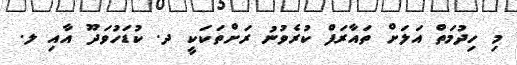
މި ހިދުމަތް އަލަށް ތައާރަފް ކުރެވުނު ރަށްތަކަކީ ދ. ކުޑަހުވަދޫ އާއި ލ.